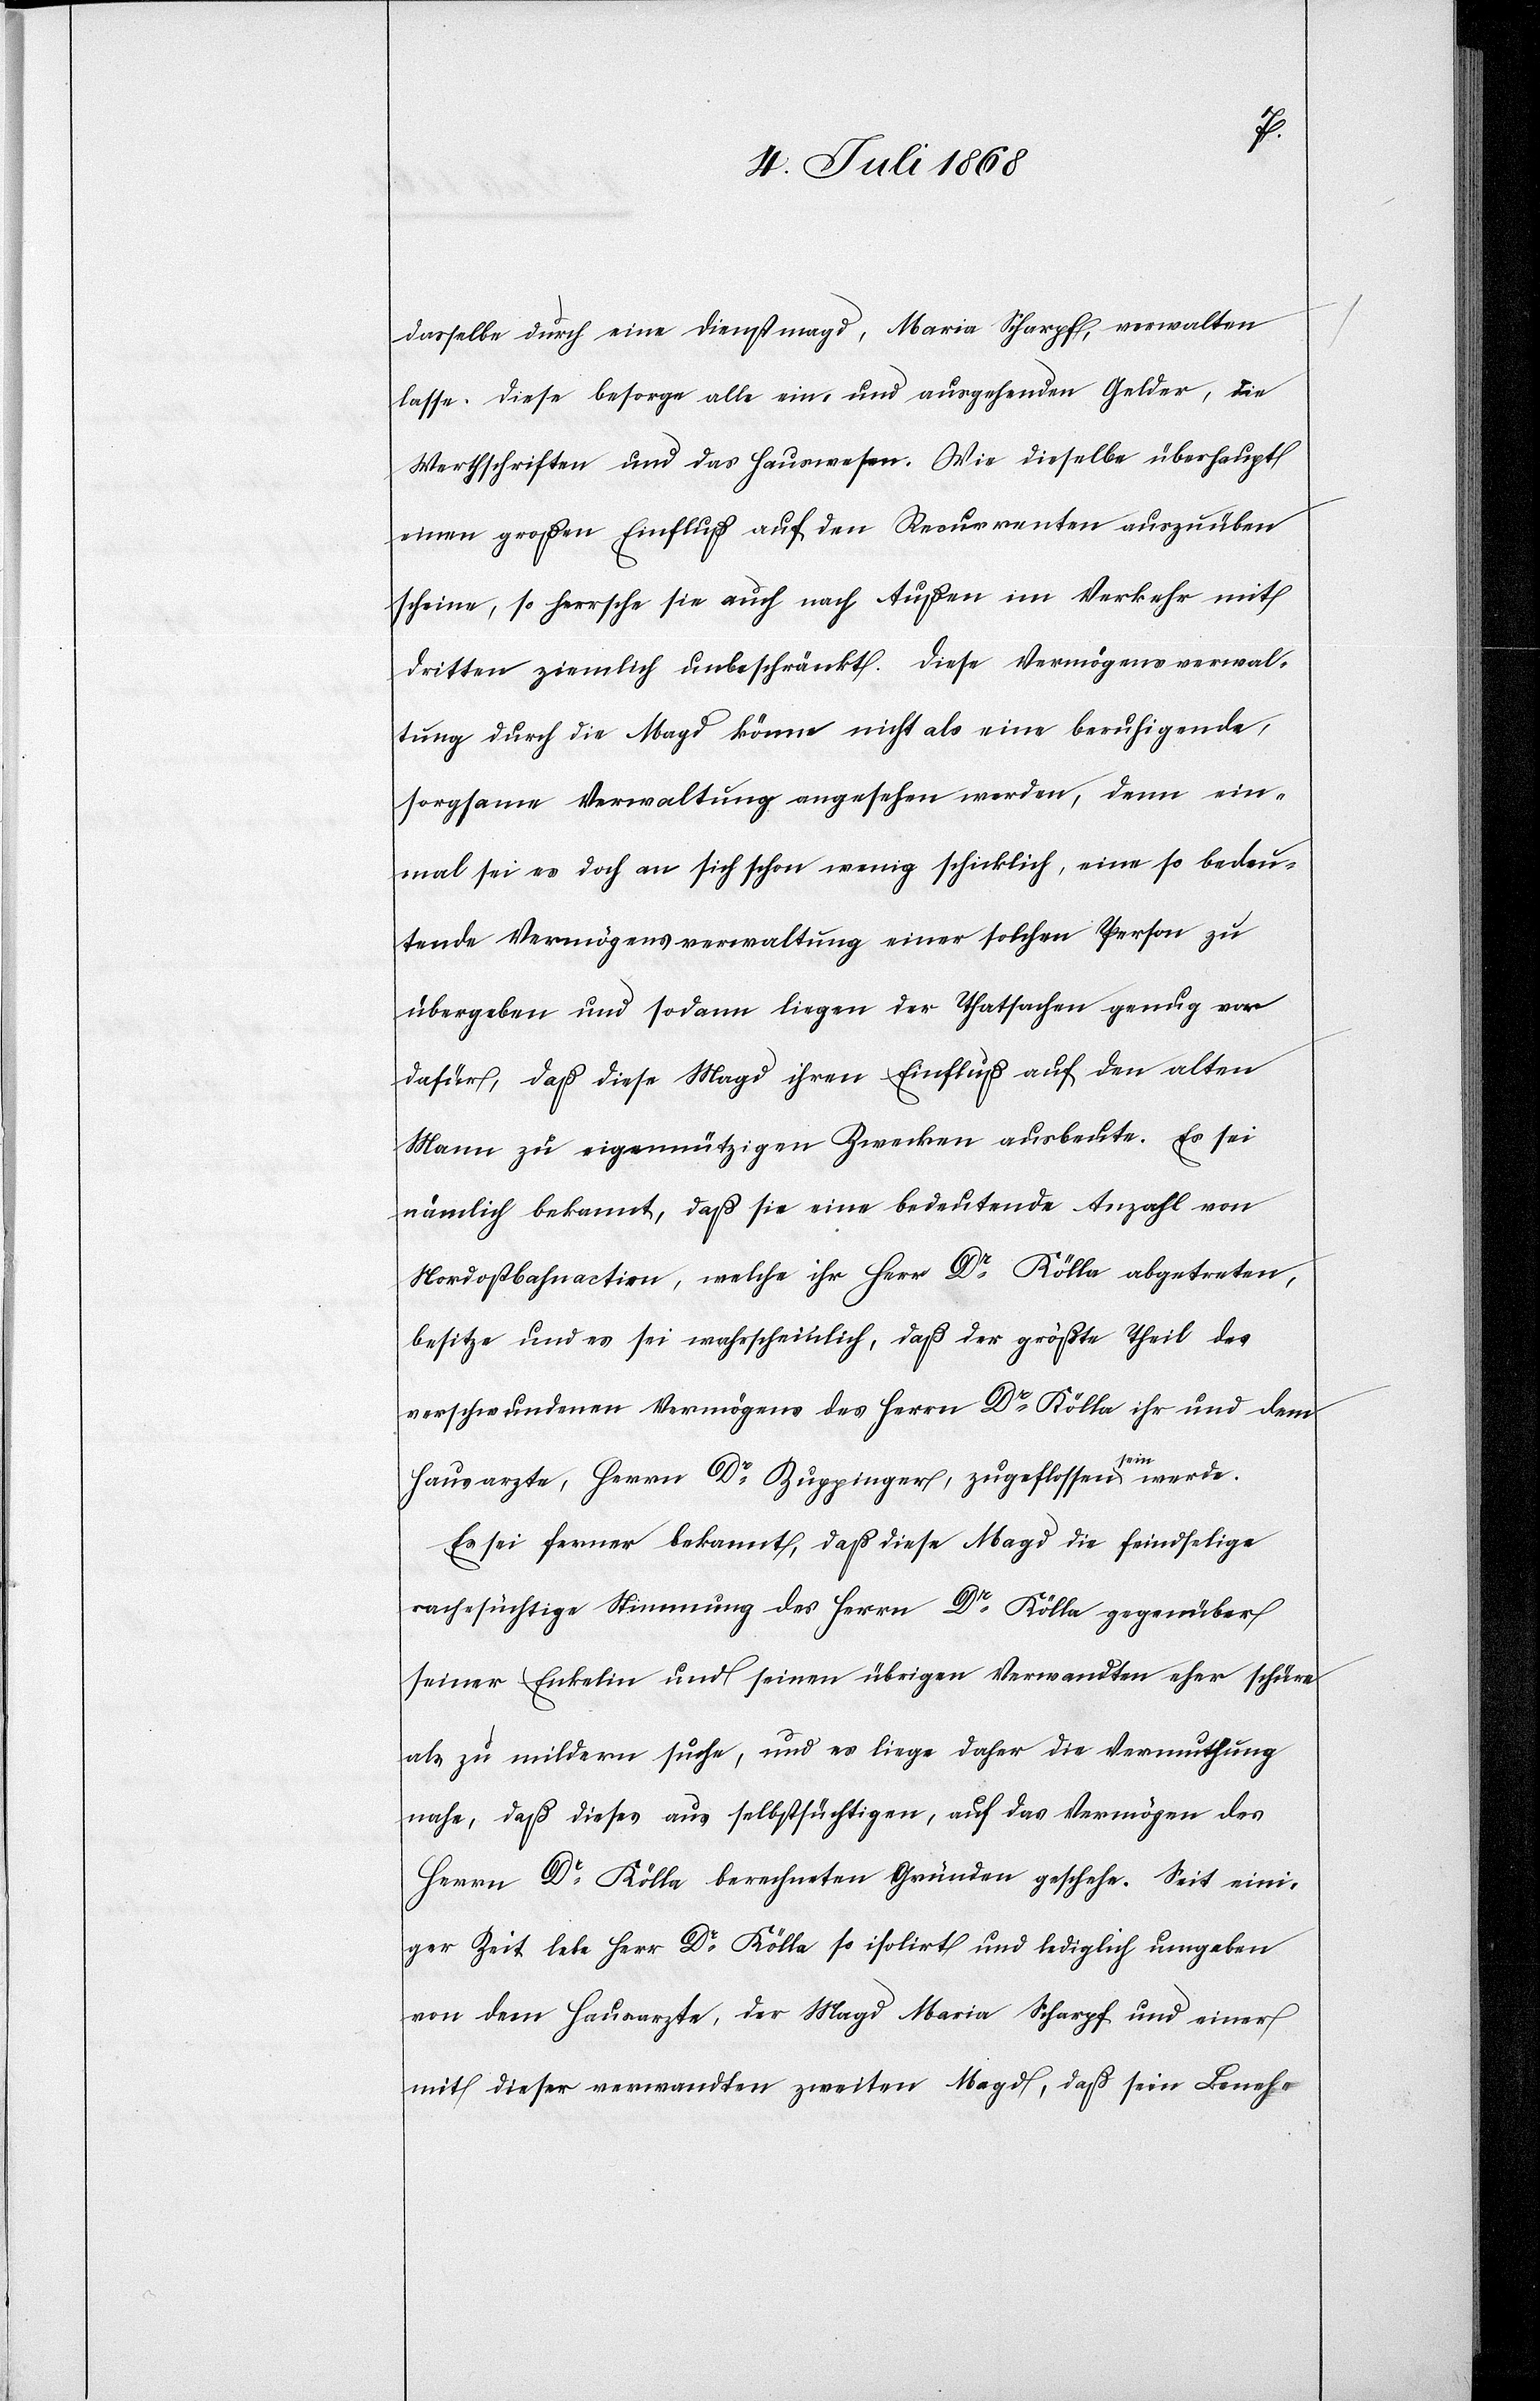
dasselbe durch eine Dienstmagd, Maria Scharpf [sic!], verwalten
lasse. Diese besorge alle ein- und ausgehenden Gelder, die
Werthschriften und das Hauswesen. Wie dieselbe überhaupt
einen großen Einfluß auf den Recurrenten auszuüben
scheine, so herrsche sie auch nach Außen im Verkehr mit
dritten ziemlich unbeschränkt. Diese Vermögensverwal¬
tung durch die Magd könne nicht als eine beruhigende,
sorgsame Verwaltung angesehen werden, denn ein¬
mal sei es doch an sich schon wenig schicklich, eine so bedeu¬
tende Vermögensverwaltung einer solchen Person zu
übergeben und sodann liegen der Thatsachen genug vor
dafür, daß diese Magd ihren Einfluß auf den alten
Mann zu eigennützigen Zwecken ausbeute. Es sei
nämlich bekannt, daß sie eine bedeutende Anzahl von
Nordostbahnactien, welche ihr Herr Dr Kölla abgetreten,
besitze und es sei wahrscheinlich, daß der größte Theil des
verschwundenen Vermögens des Herrn Dr Kölla ihr und dem
Hausarzte, Herrn Dr Zuppinger, zugeflossen sein werde.
Es sei ferner bekannt, daß diese Magd die feindselige
rachesüchtige Stimmung des Herrn Dr Kölla gegenüber
seiner Enkelin und seinen übrigen Verwandten eher schüre
als zu mildern suche, und es liege daher die Vermuthung
nahe, daß dieses aus selbstsüchtigen, auf das Vermögen des
Herrn Dr Kölla berechneten Gründen geschehe. Seit eini¬
ger Zeit lebe Herr Dr Kölla so isolirt und lediglich umgeben
von dem Hausarzte, der Magd Maria Scharpf und einer
mit dieser verwandten zweiten Magd, daß sein Beneh-